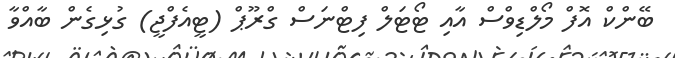
ބޭންކް އޮފް މޯލްޑިވްސް އާއި ޓޯޓަލް ފިޓްނަސް ގްރޫޕް (ޓީއެފްޖީ) ގުޅިގެން ބާއްވާ